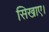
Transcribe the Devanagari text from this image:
सिखाए।